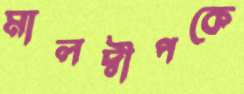
মালদ্বীপকে